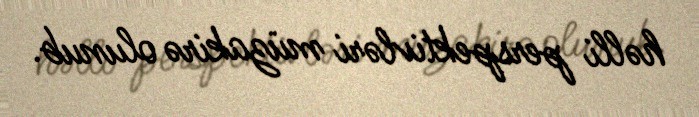
həlli perspektivləri müzakirə olunub.